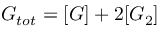
G _ { t o t } = [ G ] + 2 [ G _ { 2 } ]